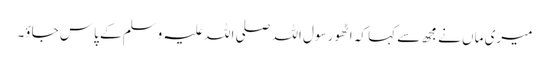
میری ماں نے مجھ سے کہا کہ اٹھو رسول اللہ صلی اللہ علیہ وسلم کے پاس جاؤ۔